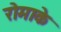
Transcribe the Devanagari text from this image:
रोमाके